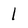
Character: 1